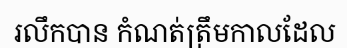
រលឹកបាន កំណត់ត្រឹមកាលដែល